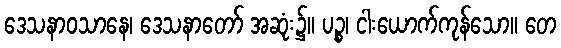
ဒေသနာဝသာနေ၊ ဒေသနာတော် အဆုံး၌။ ပဉ္စ၊ ငါးယောက်ကုန်သော။ တေ